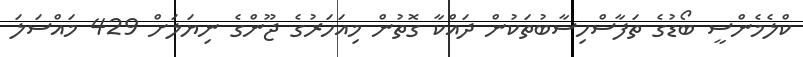
ކްލެމެންސީ ބޯޑުގެ ތަފާސްހިސާބުތަކުން ދައްކާ ގޮތުން މިއަހަރުގެ ޖޫންގެ ނިޔަލަށް 429 މައްސަލަ